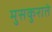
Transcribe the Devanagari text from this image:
मुसकुराते